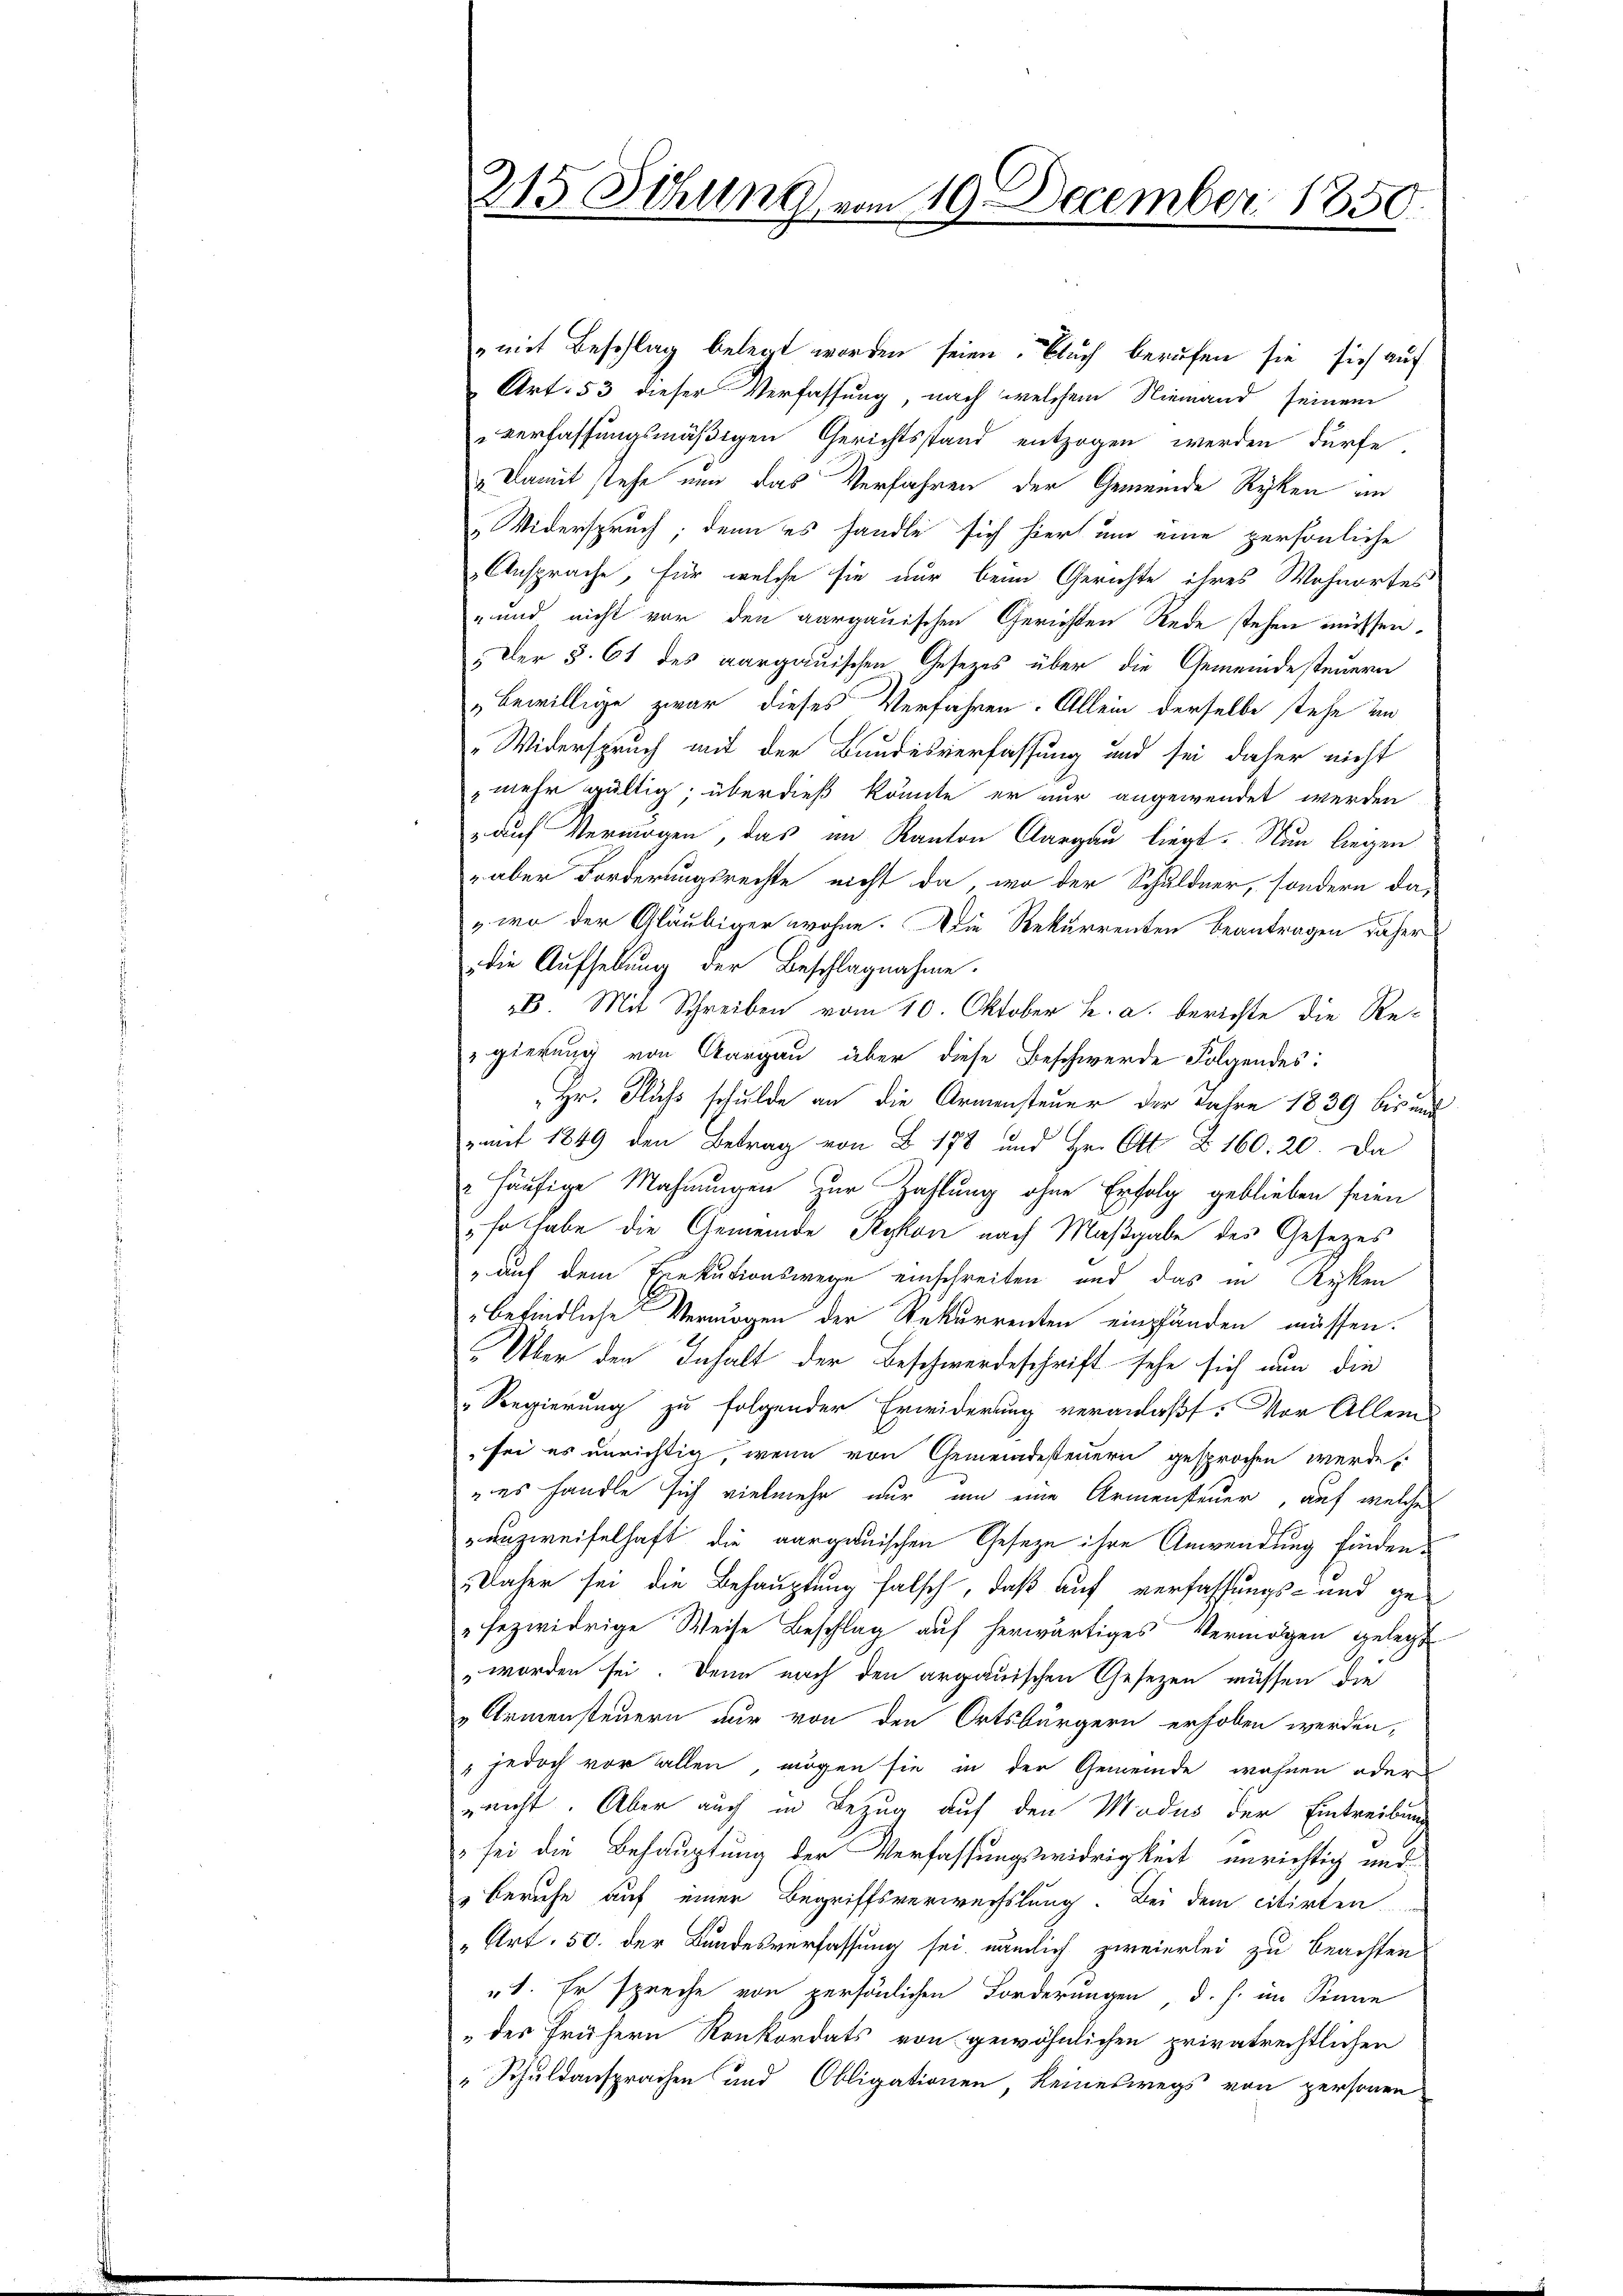
215 Sitzung vom 19. December 1850.

„mit Beschlag belegt worden seien. Buch berufen sie sich auf
Art. 53 dieser Verfassung, nach welchem Niemand seinem
verfassungsmäßigen Gerichtsstand entzogen werden dürfe.
 Damit stehe nun das Verfahren der Gemeinde Ryken ein
 Widerspruch; denn es handle sich hiers um eine persönliche
Ansprache, für welche sie nur beim Gerichte ihres Wohnortes
" und nicht vor den aargauischen Gerichten Rede stehen müssen.
Der §. 61 des aargauischen Gesezes über die Gemeindesteuern
„bewillige zwar dieses Verfahren. Allein derselbe stehe und
Widerspruch mit der Bundesverfassung und sei daher nicht
mehr gültig; überdieß könnte er nur angewendet werden
 auf Vermögen, das im Kanton Aargau liegt. Nun liegen
- aber Forderungsrechte nicht da, wo der Schuldner, sondern da-
„wo der Gläubiger wohne. Die Rekurrenten beantragen daher
die Aufhebung der Beschlagnahme.
B. Mit Schreiben vom 10. Oktober h. a. berichte die Re-
gierung von Aargau über diese Beschwerde Folgendes:
Hr. Fluss schulde an die Armensteuer der Jahre 1839 bis und
zat 1849 den Betrag von 178 und Hr. Ott § 160. 20. Da
" häufige Mahnungen zur Zahlung ohne Erfolg geblieben seien
"so habe die Gemeinde Rykon nach Maßgabe des Gesetzes
" auf dem Trekutionswege einschreiten und das in Ryken
befindliche Vermögen der Rekurrenten empfänden müssen.
Über den Inhalt der Beschwerdeschrift sehe sich nun die
" Regierung zu folgender Erwiderung veranlaßt: Vor Allem
sei es unrichtig, wenn von Gemeindesteuern gesprochen werde
"es handle sich vielmehr nur um eine Armensteuer, auf welche
ranzweifelhaft die aargauischen Geseze ihre Anwendung finden.
Daher sei die Behauptung falsch, daß auf verfassungs- und ge-
"fezwidrige Weise Beschlag auf herwärtiges Vermögen gelegt
worden sei. Denn nach den argauischen Gesezen müssen die
„Armensteuern nur von den Ortsbürgern erhoben werden,
 jedoch vor allen, mögen sie in der Gemeinde wohnen oder
nicht. Aber auch in Bezug auf den Modus der Eintreibung
" sei die Behauptung der Verfassungswidrigkeit unrichtig und
Beruhe auf einer Begriffsverwechslung. Bei dem citirten
„Art. 50. der Bundesverfassung sei nämlich zweierlei zu beachten
"1. Er spreche von persönlichen Forderungen d. h. im Sinne
„des frühern Konkordats von gewöhnlichen privatrechtlichen
" Schuldansprachen und Obligationen keineswegs von personen